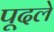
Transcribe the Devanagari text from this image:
पूदले